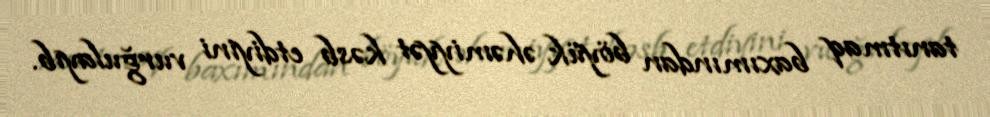
tanıtmaq baxımından böyük əhəmiyyət kəsb etdiyini vurğulayıb.